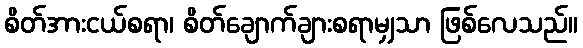
စိတ်အားငယ်စရာ၊ စိတ်ချောက်ချားစရာမျှသာ ဖြစ်လေသည်။